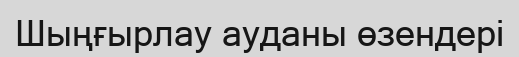
Шыңғырлау ауданы өзендері